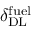
\delta _ { \mathrm { D L } } ^ { \mathrm { f u e l } }